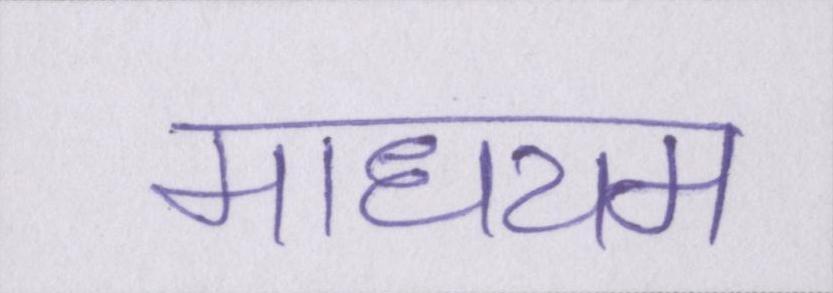
माधयम